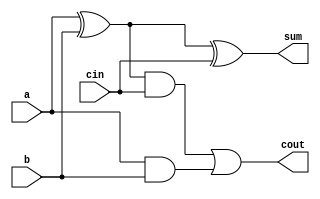
module full_adder (
  output cout, sum,
  input a, b, cin
  );

wire int1, int2, int3;

xor (int1, a   , b   );
xor (sum , int1, cin );
and (int2, int1, cin );
and (int3, a   , b   );
or  (cout, int2, int3);

endmodule